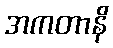
အကတာနိ